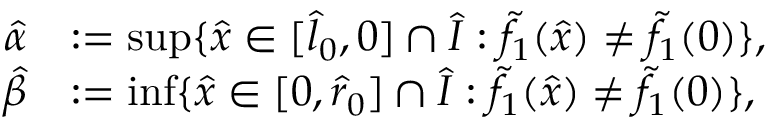
\begin{array} { r l } { \widehat \alpha } & { : = \operatorname* { s u p } \{ \widehat { x } \in [ \widehat { l } _ { 0 } , 0 ] \cap \widehat { I } : \tilde { f } _ { 1 } ( \widehat { x } ) \neq \tilde { f } _ { 1 } ( 0 ) \} , } \\ { \widehat \beta } & { : = \operatorname* { i n f } \{ \widehat { x } \in [ 0 , \widehat { r } _ { 0 } ] \cap \widehat { I } : \tilde { f } _ { 1 } ( \widehat { x } ) \neq \tilde { f } _ { 1 } ( 0 ) \} , } \end{array}